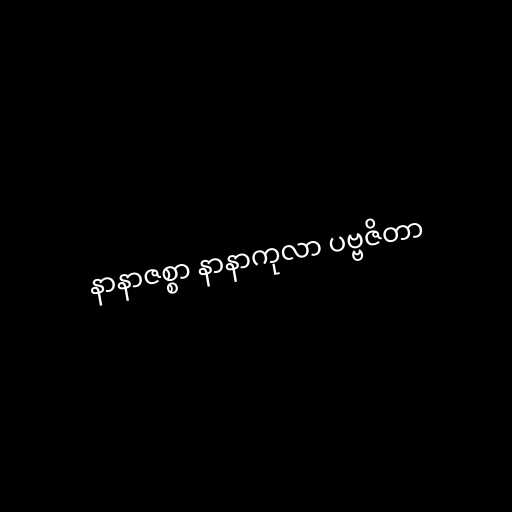
နာနာဇစ္စာ နာနာကုလာ ပဗ္ဗဇိတာ